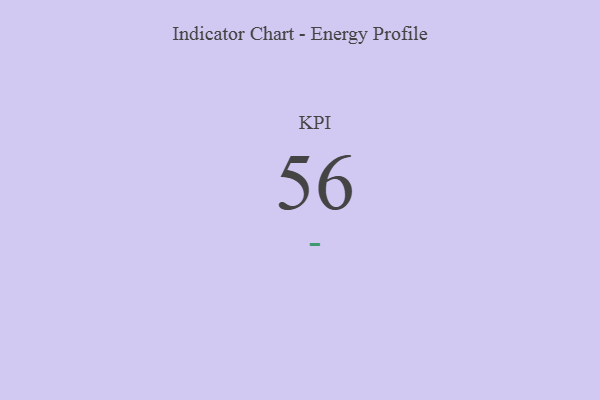
{"axis": {"x": "KPI", "y": "Value"}, "legend": [""], "data": [{"x": "KPI", "y": 56, "type": ""}]}